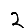
Digit: 2